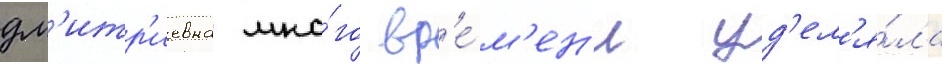
дм'итр'иевна мно́го вр'е́м'ен'и уд'ел'я́ла